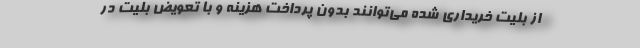
از بلیت خریداری شده می‌توانند بدون پرداخت هزینه و با تعویض بلیت در